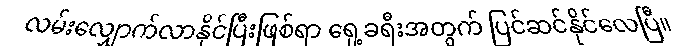
လမ်းလျှောက်လာနိုင်ပြီးဖြစ်ရာ ရှေ့ခရီးအတွက် ပြင်ဆင်နိုင်လေပြီ။